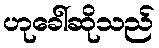
ဟုခေါ်ဆိုသည်